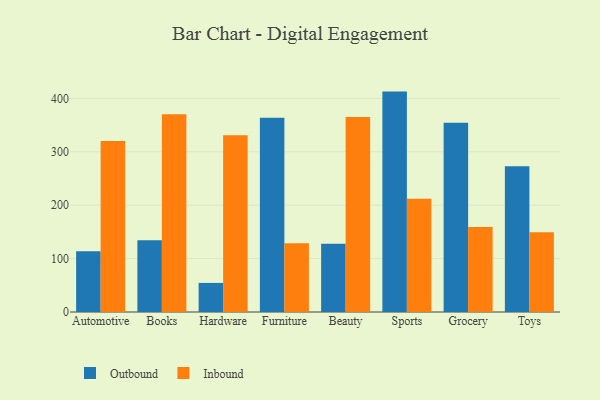
{"axis": {"x": "Category", "y": "Active Users"}, "legend": ["Inbound", "Outbound"], "data": [{"x": "Automotive", "y": 113.9, "type": "Outbound"}, {"x": "Automotive", "y": 320.3, "type": "Inbound"}, {"x": "Books", "y": 134.6, "type": "Outbound"}, {"x": "Books", "y": 370.3, "type": "Inbound"}, {"x": "Hardware", "y": 54.5, "type": "Outbound"}, {"x": "Hardware", "y": 331.2, "type": "Inbound"}, {"x": "Furniture", "y": 363.8, "type": "Outbound"}, {"x": "Furniture", "y": 128.7, "type": "Inbound"}, {"x": "Beauty", "y": 127.6, "type": "Outbound"}, {"x": "Beauty", "y": 365.2, "type": "Inbound"}, {"x": "Sports", "y": 412.8, "type": "Outbound"}, {"x": "Sports", "y": 212.3, "type": "Inbound"}, {"x": "Grocery", "y": 354.6, "type": "Outbound"}, {"x": "Grocery", "y": 159.1, "type": "Inbound"}, {"x": "Toys", "y": 273.2, "type": "Outbound"}, {"x": "Toys", "y": 149.6, "type": "Inbound"}]}